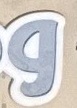
و